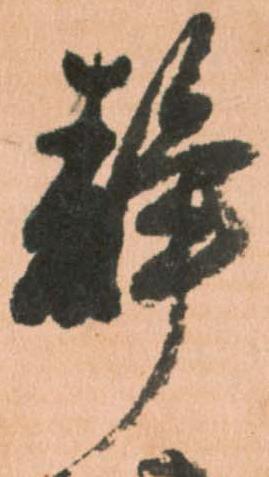
静